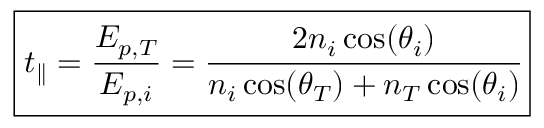
\boxed { t _ { \parallel } = \frac { E _ { p , T } } { E _ { p , i } } = \cfrac { 2 n _ { i } \cos ( \theta _ { i } ) } { n _ { i } \cos ( \theta _ { T } ) + n _ { T } \cos ( \theta _ { i } ) } }